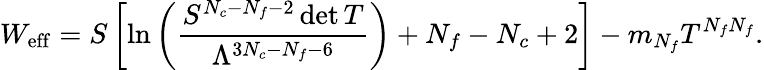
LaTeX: W_{\mathrm{eff}}=S\left[\ln\left(\frac{S^{N_{c}-N_{f}-2}\operatorname*{det}T}{\Lambda^{3N_{c}-N_{f}-6}}\right)+N_{f}-N_{c}+2\right]-m_{N_{f}}T^{N_{f}N_{f}}.